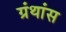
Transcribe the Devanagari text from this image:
ग्रंथांस